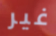
غير